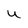
Character: u